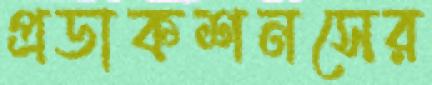
প্রডাকশনসের